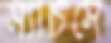
স্যাচসে